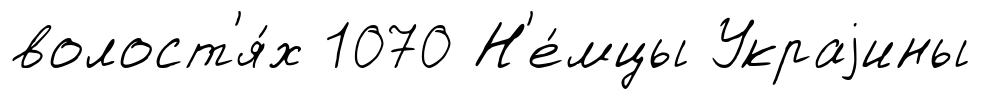
волост'я́х 1070 Н'е́мцы Украjины